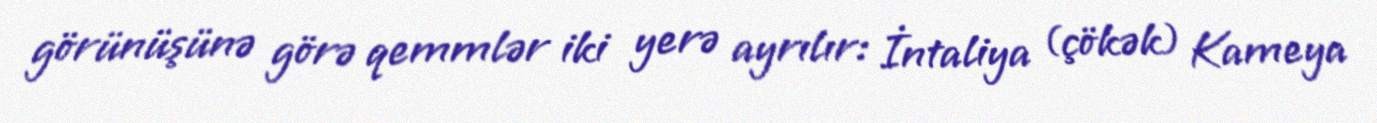
görünüşünə görə qemmlər iki yerə ayrılır: İntaliya (çökək) Kameya